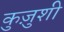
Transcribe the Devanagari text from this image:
कुज़ुशी